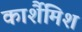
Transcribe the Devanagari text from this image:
कार्शैमिश